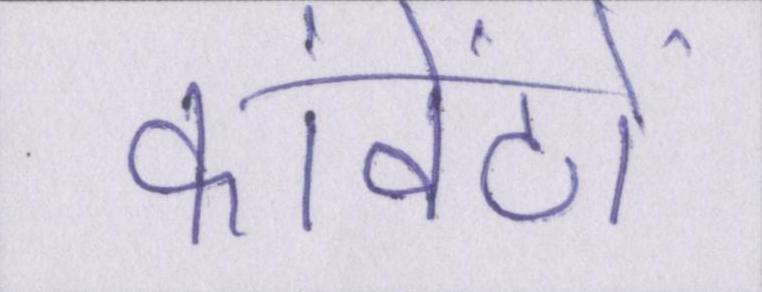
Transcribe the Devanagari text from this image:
कांवेंटों